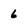
Character: 6